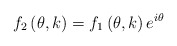
\begin{align*}f_2 \left( \theta, k \right) = f_1 \left( \theta, k \right) e^{i \theta}\end{align*}